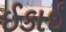
ઈકાઈ